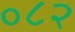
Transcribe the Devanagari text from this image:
०८२